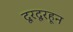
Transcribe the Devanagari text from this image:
दूरदूरहून